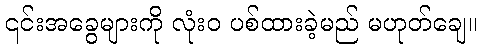
၎င်းအခွေများကို လုံးဝ ပစ်ထားခဲ့မည် မဟုတ်ချေ။